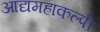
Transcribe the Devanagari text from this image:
आद्यमहाकल्पी